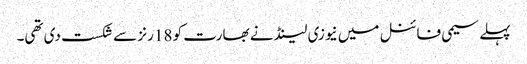
پہلے سیمی فائنل میں نیوزی لینڈ نے بھارت کو 18 رنز سے شکست دی تھی۔